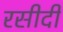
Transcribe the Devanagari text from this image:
रसीदी